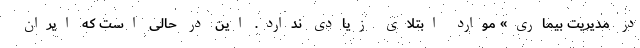
در مدیریت بیماری» موارد ابتلای زیادی ندارد. این در حالی است که ایران